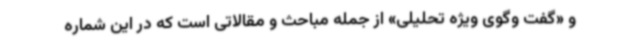
و «گفت وگوی ویژه تحلیلی» از جمله مباحث و مقالاتی است که در این شماره